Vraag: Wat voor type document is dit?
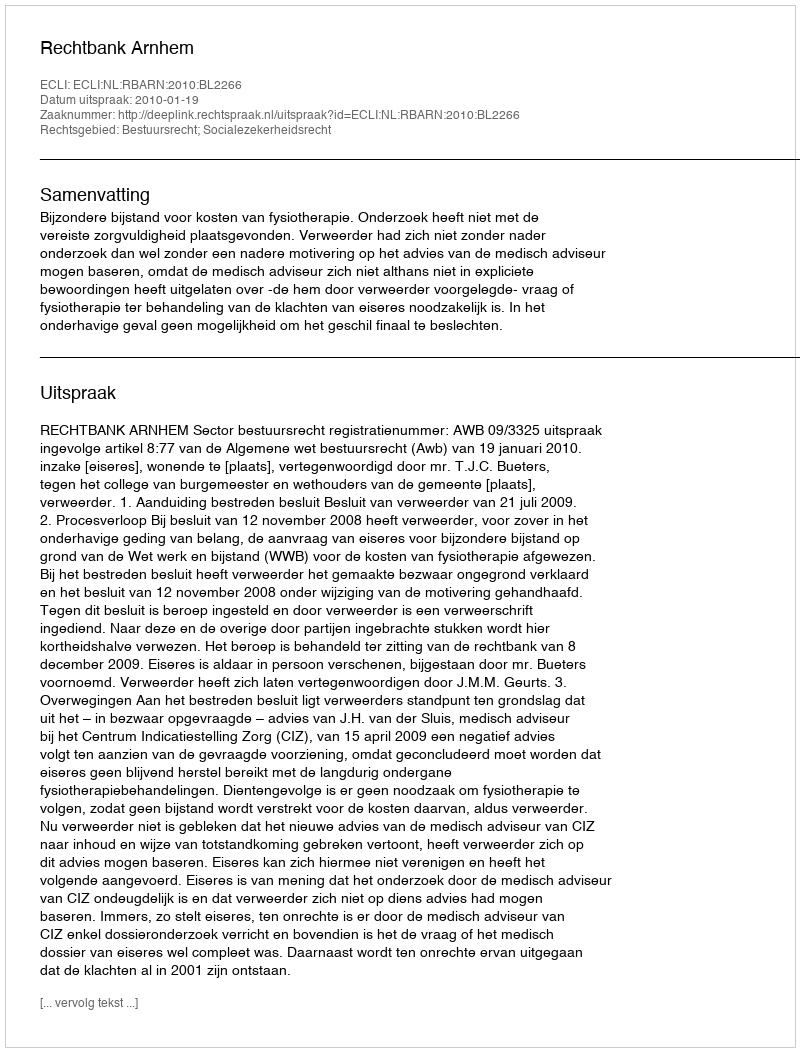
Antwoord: Uitspraak